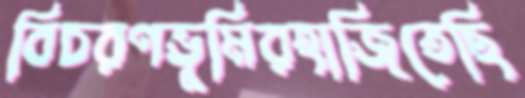
বিচরণভূমিরহাজিতেছি